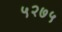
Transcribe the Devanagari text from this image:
५२७५